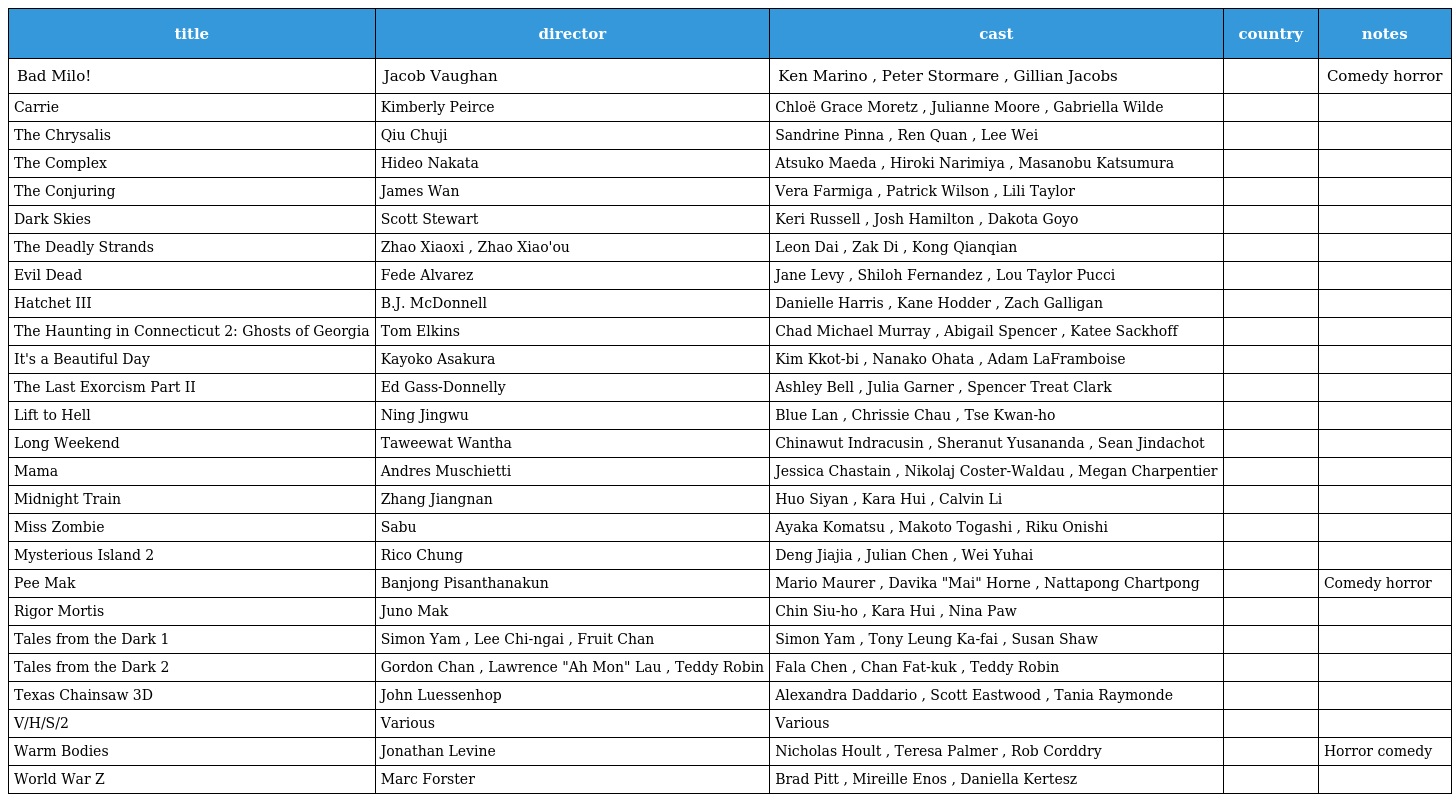
| title | director | cast | country | notes |
 | --- | --- | --- | --- | --- |
 | Bad Milo! | Jacob Vaughan | Ken Marino , Peter Stormare , Gillian Jacobs |  | Comedy horror |
 | Carrie | Kimberly Peirce | Chloë Grace Moretz , Julianne Moore , Gabriella Wilde |  |  |
 | The Chrysalis | Qiu Chuji | Sandrine Pinna , Ren Quan , Lee Wei |  |  |
 | The Complex | Hideo Nakata | Atsuko Maeda , Hiroki Narimiya , Masanobu Katsumura |  |  |
 | The Conjuring | James Wan | Vera Farmiga , Patrick Wilson , Lili Taylor |  |  |
 | Dark Skies | Scott Stewart | Keri Russell , Josh Hamilton , Dakota Goyo |  |  |
 | The Deadly Strands | Zhao Xiaoxi , Zhao Xiao'ou | Leon Dai , Zak Di , Kong Qianqian |  |  |
 | Evil Dead | Fede Alvarez | Jane Levy , Shiloh Fernandez , Lou Taylor Pucci |  |  |
 | Hatchet III | B.J. McDonnell | Danielle Harris , Kane Hodder , Zach Galligan |  |  |
 | The Haunting in Connecticut 2: Ghosts of Georgia | Tom Elkins | Chad Michael Murray , Abigail Spencer , Katee Sackhoff |  |  |
 | It's a Beautiful Day | Kayoko Asakura | Kim Kkot-bi , Nanako Ohata , Adam LaFramboise |  |  |
 | The Last Exorcism Part II | Ed Gass-Donnelly | Ashley Bell , Julia Garner , Spencer Treat Clark |  |  |
 | Lift to Hell | Ning Jingwu | Blue Lan , Chrissie Chau , Tse Kwan-ho |  |  |
 | Long Weekend | Taweewat Wantha | Chinawut Indracusin , Sheranut Yusananda , Sean Jindachot |  |  |
 | Mama | Andres Muschietti | Jessica Chastain , Nikolaj Coster-Waldau , Megan Charpentier |  |  |
 | Midnight Train | Zhang Jiangnan | Huo Siyan , Kara Hui , Calvin Li |  |  |
 | Miss Zombie | Sabu | Ayaka Komatsu , Makoto Togashi , Riku Onishi |  |  |
 | Mysterious Island 2 | Rico Chung | Deng Jiajia , Julian Chen , Wei Yuhai |  |  |
 | Pee Mak | Banjong Pisanthanakun | Mario Maurer , Davika "Mai" Horne , Nattapong Chartpong |  | Comedy horror |
 | Rigor Mortis | Juno Mak | Chin Siu-ho , Kara Hui , Nina Paw |  |  |
 | Tales from the Dark 1 | Simon Yam , Lee Chi-ngai , Fruit Chan | Simon Yam , Tony Leung Ka-fai , Susan Shaw |  |  |
 | Tales from the Dark 2 | Gordon Chan , Lawrence "Ah Mon" Lau , Teddy Robin | Fala Chen , Chan Fat-kuk , Teddy Robin |  |  |
 | Texas Chainsaw 3D | John Luessenhop | Alexandra Daddario , Scott Eastwood , Tania Raymonde |  |  |
 | V/H/S/2 | Various | Various |  |  |
 | Warm Bodies | Jonathan Levine | Nicholas Hoult , Teresa Palmer , Rob Corddry |  | Horror comedy |
 | World War Z | Marc Forster | Brad Pitt , Mireille Enos , Daniella Kertesz |  |  |